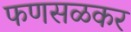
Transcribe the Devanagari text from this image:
फणसळकर